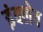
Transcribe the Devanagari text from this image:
इंक्लेव